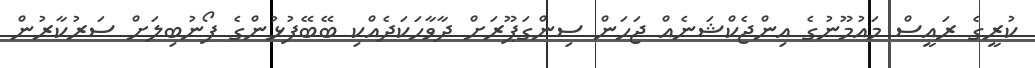
ކުރީގެ ރައީސް މައުމޫނުގެ އިންޖެކްޝަނެއް ޖަހަން ސިންގަޕޫރަށް ދާވާހަކަދެއްކި ބޭބޭފުޅުންގެ ފޯނުބިލަށް ސަރުކާރުން